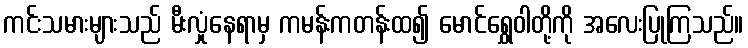
ကင်းသမားများသည် မီးလှုံနေရာမှ ကမန်းကတန်းထ၍ မောင်ရွှေဝါတို့ကို အလေးပြုကြသည်။